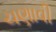
ચણાવી